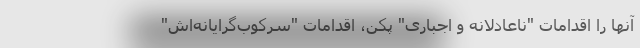
آنها را اقدامات "ناعادلانه و اجباری" پکن، اقدامات "سرکوب‌گرایانه‌اش"